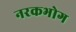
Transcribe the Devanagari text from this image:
नरकभोग